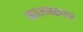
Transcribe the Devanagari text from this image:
कालचक्रतंत्र